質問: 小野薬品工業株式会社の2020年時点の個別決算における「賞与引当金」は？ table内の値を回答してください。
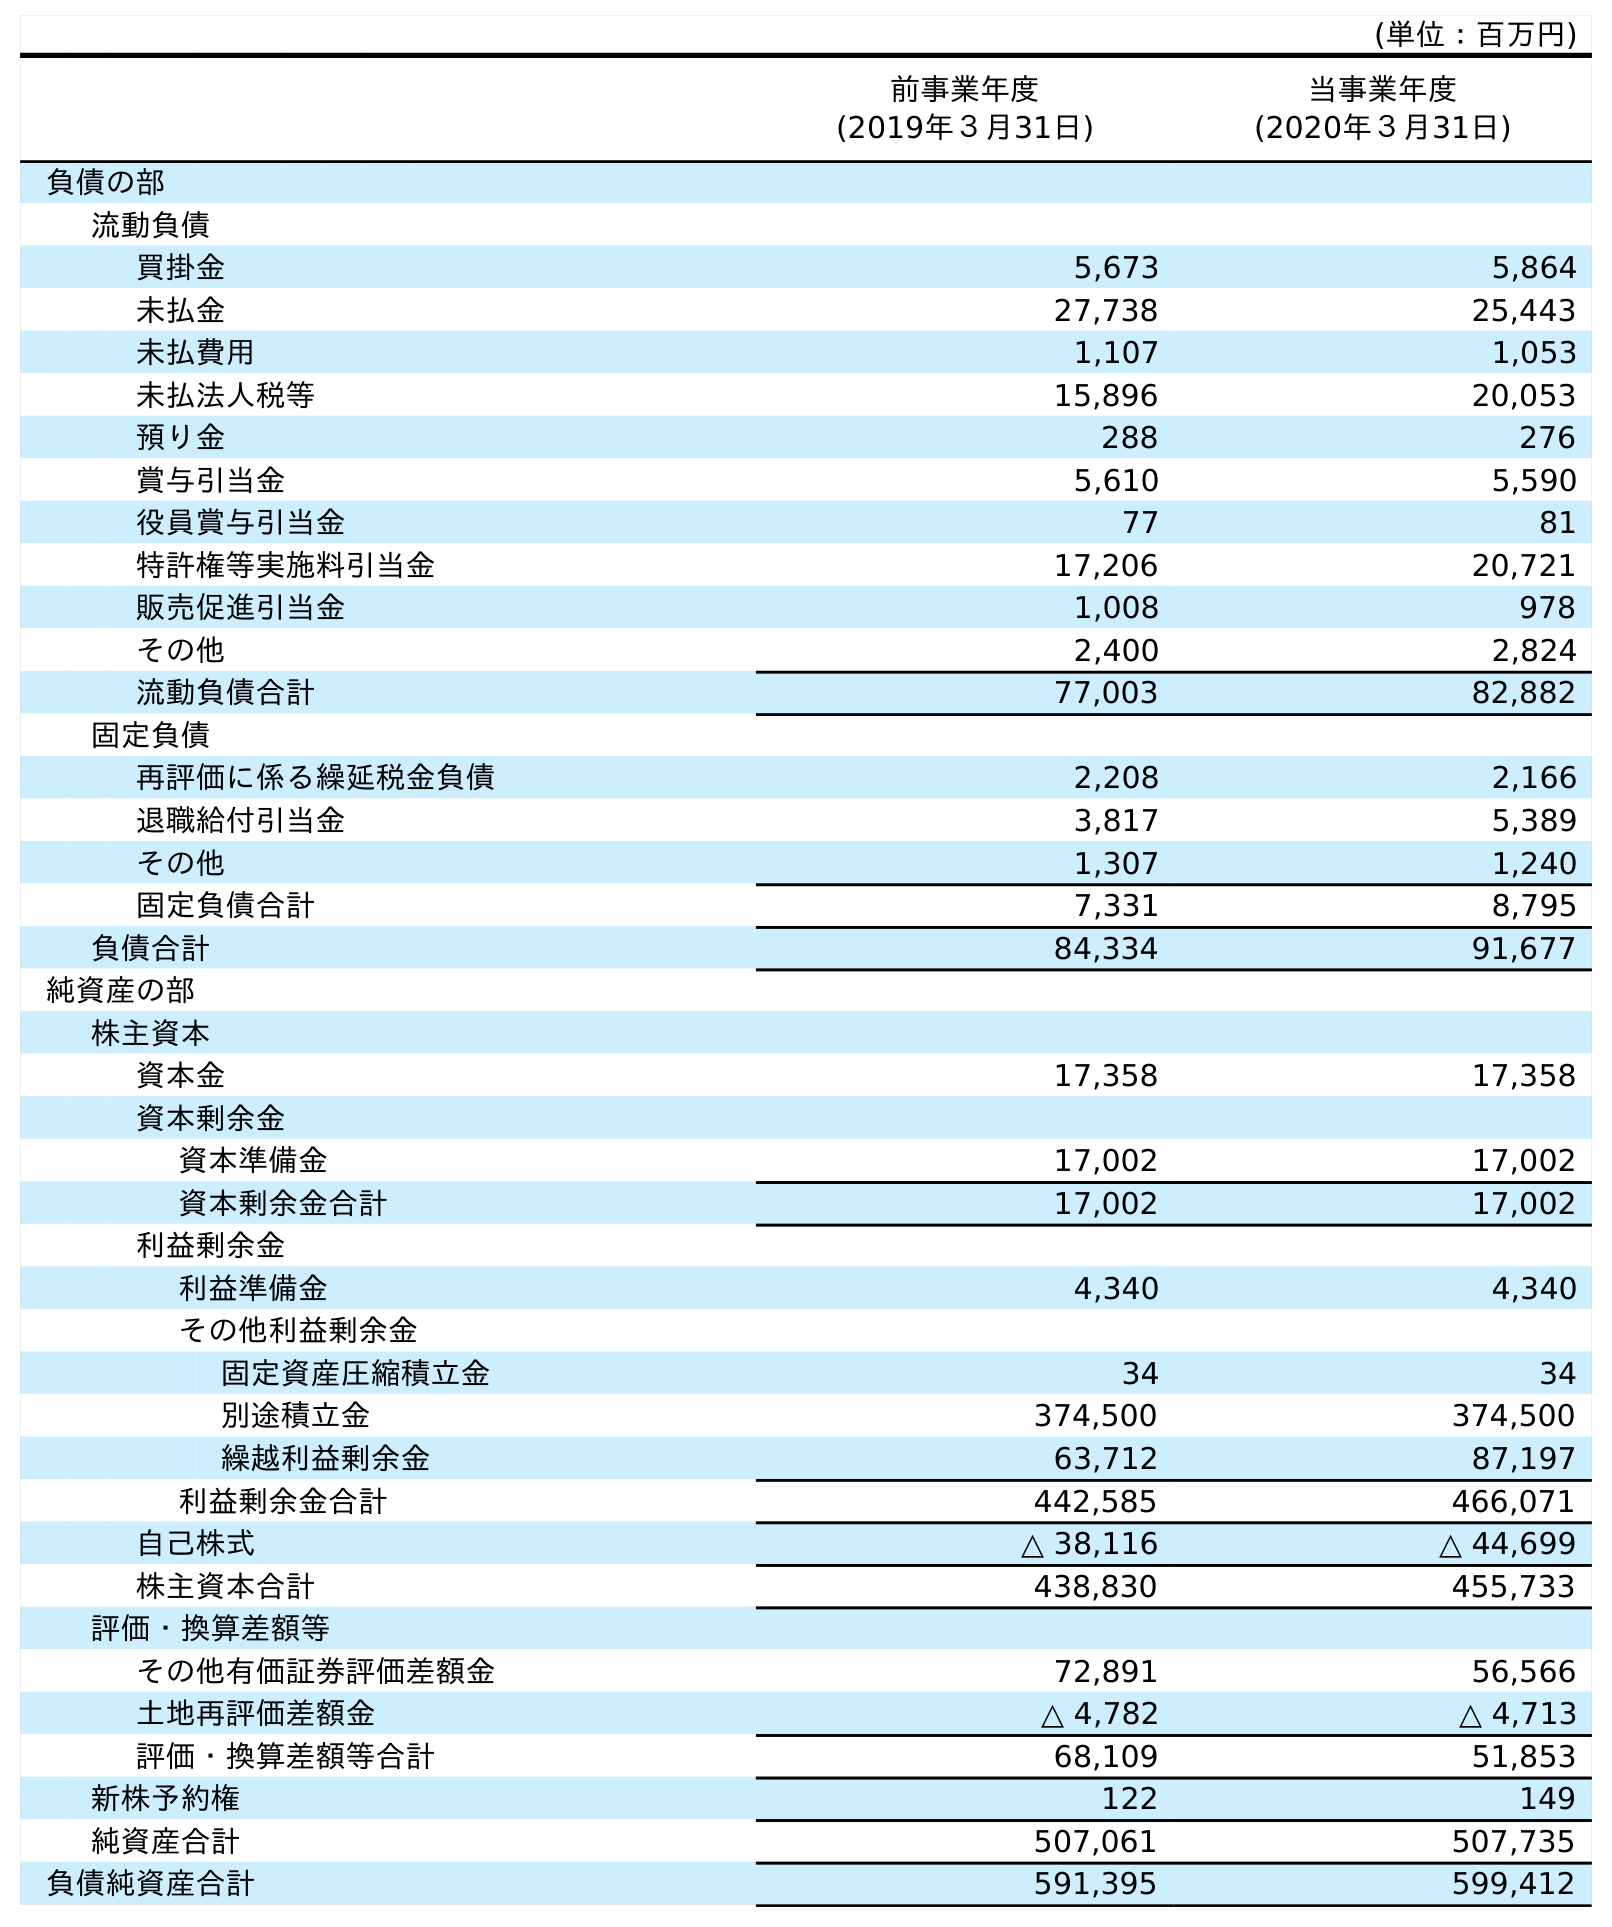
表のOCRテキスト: (単位：百万円) 前事業年度 (2019年３月31日) 当事業年度 (2020年３月31日) 負債の部 流動負債 買掛金 5,673 5,864 未払金 27,738 25,443 未払費用 1,107 1,053 未払法人税等 15,896 20,053 預り金 288 276 賞与引当金 5,610 5,590 役員賞与引当金 77 81 特許権等実施料引当金 17,206 20,721 販売促進引当金 1,008 978 その他 2,400 2,824 流動負債合計 77,003 82,882 固定負債 再評価に係る繰延税金負債 2,208 2,166 退職給付引当金 3,817 5,389 その他 1,307 1,240 固定負債合計 7,331 8,795 負債合計 84,334 91,677 純資産の部 株主資本 資本金 17,358 17,358 資本剰余金 資本準備金 17,002 17,002 資本剰余金合計 17,002 17,002 利益剰余金 利益準備金 4,340 4,340 その他利益剰余金 固定資産圧縮積立金 34 34 別途積立金 374,500 374,500 繰越利益剰余金 63,712 87,197 利益剰余金合計 442,585 466,071 自己株式 △ 38,116 △ 44,699 株主資本合計 438,830 455,733 評価・換算差額等 その他有価証券評価差額金 72,891 56,566 土地再評価差額金 △ 4,782 △ 4,713 評価・換算差額等合計 68,109 51,853 新株予約権 122 149 純資産合計 507,061 507,735 負債純資産合計 591,395 599,412
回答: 5,590